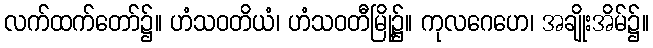
လက်ထက်တော်၌။ ဟံသဝတိယံ၊ ဟံသဝတီမြို့၌။ ကုလဂေဟေ၊ အချိုးအိမ်၌။